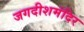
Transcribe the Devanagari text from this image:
जगदीशमंदिर